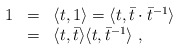
\begin{align*}\begin{array}{rcl}1&=&\langle t,1\rangle=\langle t,{\bar t}\cdot{\bar t}^{-1}\rangle\\ &=&\langle t,\bar{t}\rangle\langle t,\bar{t}^{-1}\rangle~,\end{array}\end{align*}